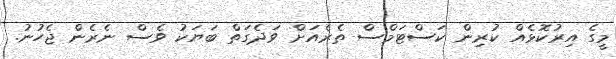
މީގެ އިރުކޮޅެއް ކުރިން ކަސްޓަމްސް ތެރެއަށް ވަދެގަތް ބަޔަކު ވެސް ނެރެން ޖެހުނު.